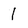
Character: 1